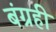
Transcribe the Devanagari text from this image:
बंग्रही